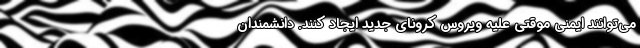
می‌توانند ایمنیِ موقتی علیه ویروسِ کرونای جدید ایجاد کنند. دانشمندانِ